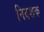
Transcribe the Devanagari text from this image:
निदशक